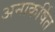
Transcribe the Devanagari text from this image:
अनाकर्षित